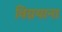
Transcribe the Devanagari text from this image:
विग्नयाना